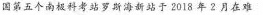
国第五个南极科考站罗斯海新站于2018年2月在难